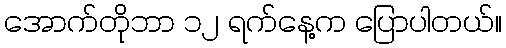
အောက်တိုဘာ ၁၂ ရက်နေ့က ပြောပါတယ်။